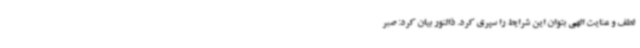
لطف و عنایت الهی بتوان این شرایط را سپری کرد. ذالنور بیان کرد: صبر